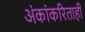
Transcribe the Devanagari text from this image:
अंकांकरिताही